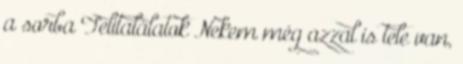
a sorba Telitalálatok Nekem még azzal is tele van,